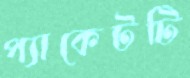
প্যাকেটটি